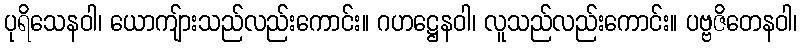
ပုရိသေနဝါ၊ ယောကျ်ားသည်လည်းကောင်း။ ဂဟဋ္ဌေနဝါ၊ လူသည်လည်းကောင်း။ ပဗ္ဗဇိတေနဝါ၊